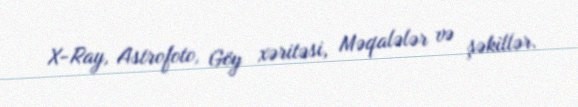
X-Ray, Astrofoto, Göy xəritəsi, Məqalələr və şəkillər.